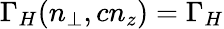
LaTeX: \Gamma_{H}(n_{\perp},cn_{z})=\Gamma_{H}